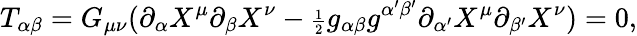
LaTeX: T_{\alpha\beta}=G_{\mu\nu}(\partial_{\alpha}X^{\mu}\partial_{\beta}X^{\nu}-{\scriptstyle\frac{1}{2}}g_{\alpha\beta}g^{\alpha^{\prime}\beta^{\prime}}\partial_{\alpha^{\prime}}X^{\mu}\partial_{\beta^{\prime}}X^{\nu})=0,